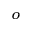
^ o